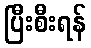
ပြီးစီးရန်